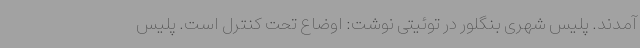
آمدند. پلیس شهری بنگلور در توئیتی نوشت: اوضاع تحت کنترل است. پلیس